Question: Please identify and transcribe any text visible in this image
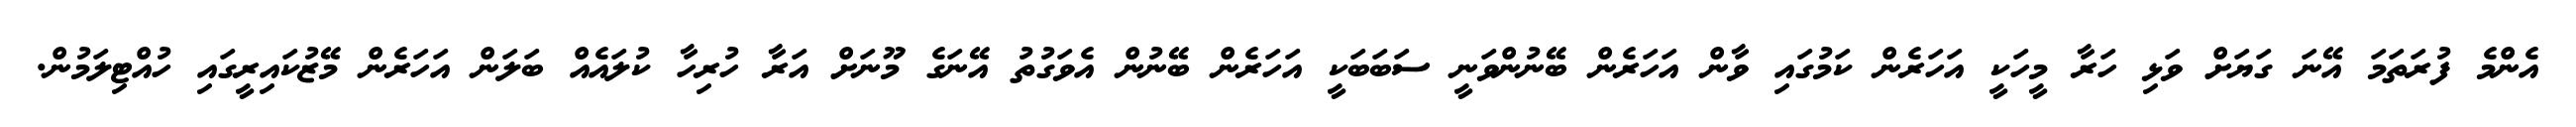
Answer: އެންމެ ފުރަތަމަ އޭނަ ގަޔަށް ވަޅި ހަރާ މީހަކީ އަހަރެން ކަމުގައި ވާން އަހަރެން ބޭނުންވަނީ ސަބަބަކީ އަހަރެން ބޭނުން އެވަގުތު އޭނަގެ މޫނަށް އަރާ ހުރިހާ ކުލައެއް ބަލަން އަހަރެން މޭޒުކައިރީގައި ހުއްޓިލަމުން.